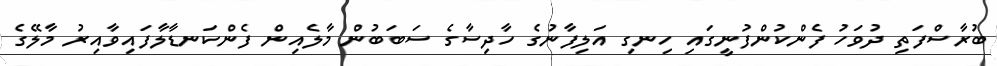
ބުރާސްފަތި ދުވަހު ފެންކުންފުނީގައި ހިނގި އަލިފާނުގެ ހާދިސާގެ ސަބަބުން މާލެއިން ފެންކަނޑާލާފައިވާއިރު މާލޭގެ